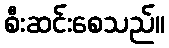
စီးဆင်းစေသည်။